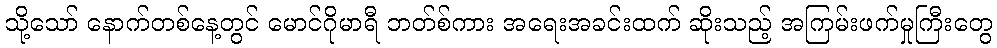
သို့သော် နောက်တစ်နေ့တွင် မောင်ဂိုမာရီ ဘတ်စ်ကား အရေးအခင်းထက် ဆိုးသည့် အကြမ်းဖက်မှုကြီးတွေ